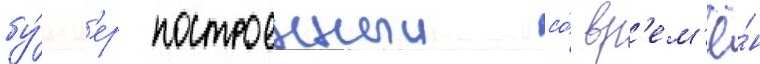
бу́нк'ер построенныи со́ вр'ем'ё́н